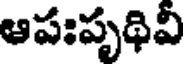
ఆపఃపృథివి